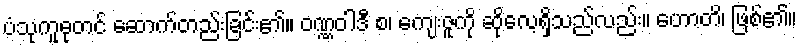
ပံသုကူဓုတင် ဆောက်တည်းခြင်း၏။ ဝဏ္ဏဝါဒီ စ၊ ကျေးဇူကို ဆိုလေ့ရှိသည်လည်း။ ဟောတိ၊ ဖြစ်၏။